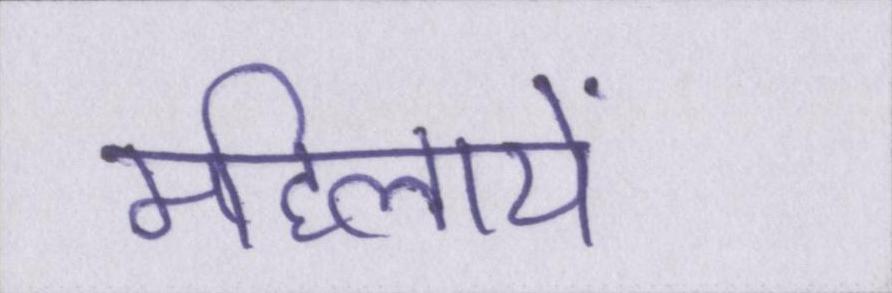
महिलायें